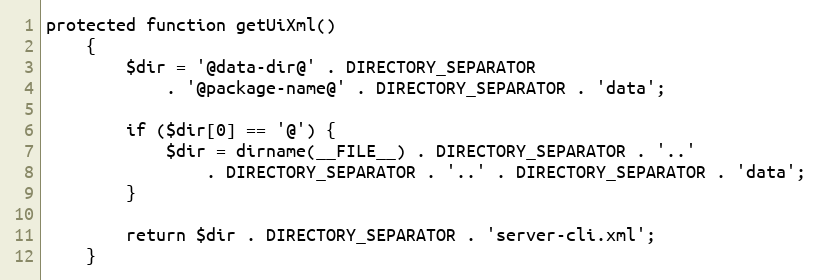
Language: PHP
protected function getUiXml()
    {
        $dir = '@data-dir@' . DIRECTORY_SEPARATOR
            . '@package-name@' . DIRECTORY_SEPARATOR . 'data';

        if ($dir[0] == '@') {
            $dir = dirname(__FILE__) . DIRECTORY_SEPARATOR . '..'
                . DIRECTORY_SEPARATOR . '..' . DIRECTORY_SEPARATOR . 'data';
        }

        return $dir . DIRECTORY_SEPARATOR . 'server-cli.xml';
    }